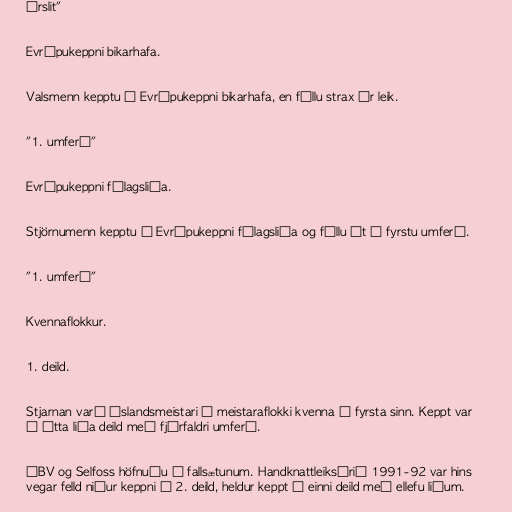
úrslit"

Evrópukeppni bikarhafa.

Valsmenn kepptu í Evrópukeppni bikarhafa, en féllu strax úr leik.

"1. umferð"

Evrópukeppni félagsliða.

Stjörnumenn kepptu í Evrópukeppni félagsliða og féllu út í fyrstu umferð.

"1. umferð"

Kvennaflokkur.

1. deild.

Stjarnan varð Íslandsmeistari í meistaraflokki kvenna í fyrsta sinn. Keppt var
í átta liða deild með fjórfaldri umferð.

ÍBV og Selfoss höfnuðu í fallsætunum. Handknattleiksárið 1991-92 var hins
vegar felld niður keppni í 2. deild, heldur keppt í einni deild með ellefu liðum.